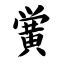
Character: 黉